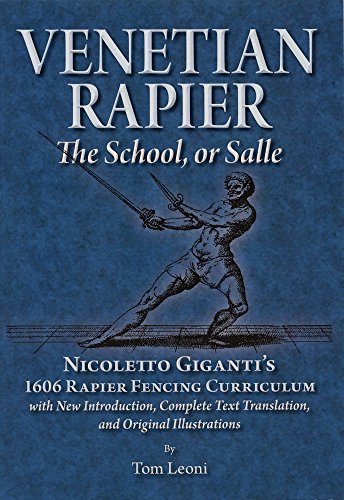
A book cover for Venetian Rapier: Nicoletto Giganti's 1606 Rapier Fencing Curriculum; Tom Leoni; Sports & Outdoors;